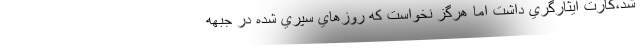
شد،كارت ايثارگري داشت اما هرگز نخواست كه روزهاي سپري ‌شده در جبهه